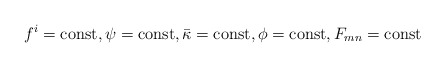
\begin{align*}f^i={\rm const}, \psi ={\rm const}, \bar\kappa ={\rm const}, \phi={\rm const}, F_{mn} ={\rm const}\end{align*}